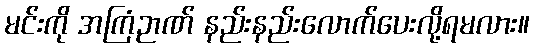
မင်းကို အကြံဉာဏ် နည်းနည်းလောက်ပေးလို့ရမလား။